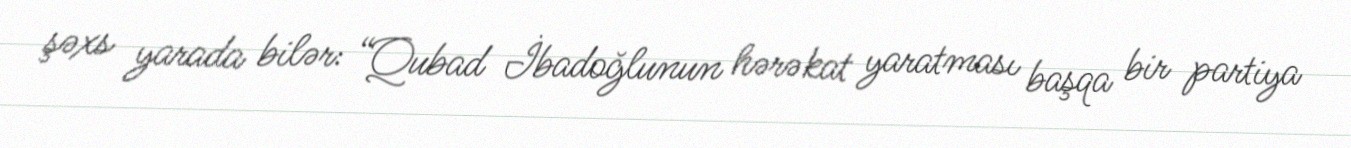
şəxs yarada bilər: “Qubad İbadoğlunun hərəkat yaratması başqa bir partiya